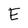
Character: E